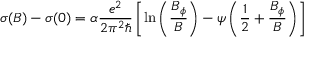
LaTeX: \sigma ( B ) - \sigma ( 0 ) = \alpha { \frac { e ^ { 2 } } { 2 \pi ^ { 2 } \hbar } } \left[ \ln \left( { \frac { B _ { \phi } } { B } } \right) - \psi \left( { \frac { 1 } { 2 } } + { \frac { B _ { \phi } } { B } } \right) \right]